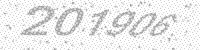
Solution: 201906